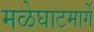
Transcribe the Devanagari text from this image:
मळेघाटमार्गे